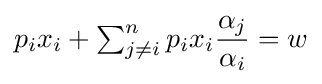
p_{i}x_{i}+\textstyle \sum _{j\neq i}^{n}\displaystyle p_{i}x_{i}{\frac {\alpha _{j}}{\alpha _{i}}}=w